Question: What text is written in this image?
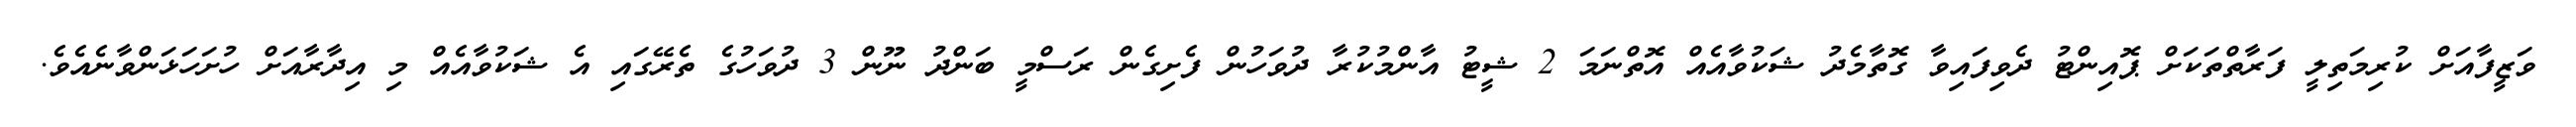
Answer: ވަޒީފާއަށް ކުރިމަތިލީ ފަރާތްތަކަށް ޕޮއިންޓު ދެވިފައިވާ ގޮތާމެދު ޝަކުވާއެއް އޮތްނަމަ 2 ޝީޓު އާންމުކުރާ ދުވަހުން ފެށިގެން ރަސްމީ ބަންދު ނޫން 3 ދުވަހުގެ ތެރޭގައި އެ ޝަކުވާއެއް މި އިދާރާއަށް ހުށަހަޅަންވާނެއެވެ.